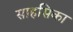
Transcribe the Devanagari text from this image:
साहसिका